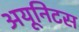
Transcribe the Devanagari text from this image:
अयूनिटस